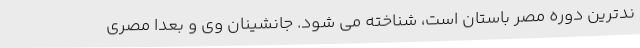
ندترین دوره مصر باستان است، شناخته می شود. جانشینان وی و بعدا مصری